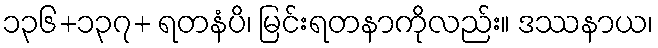
၁၃၆+၁၃၇+ ရတနံပိ၊ မြင်းရတနာကိုလည်း။ ဒဿနာယ၊